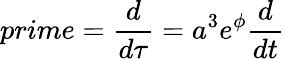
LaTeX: prime=\frac{d}{d\tau}=a^{3}e^{\phi}\frac{d}{dt}